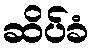
ဆိပ်ခံ